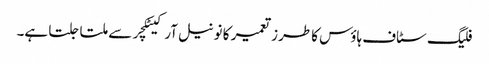
فلیگ سٹاف ہاؤس کا طرز تعمیر کا نونیل آرکیٹکچر سے ملتا جلتا ہے۔